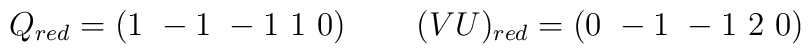
Q_{red}=\left(1~-1~-1~1~0\right)~~~~~~(VU)_{red}=\left(0~-1~-1~2~0\right)